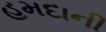
હમદાની